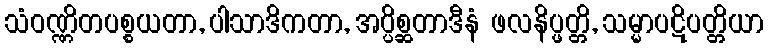
သံဝဏ္ဏိတပစ္စယတာ, ပါသာဒိကတာ, အပ္ပိစ္ဆတာဒီနံ ဖလနိပ္ဖတ္တိ, သမ္မာပဋိပတ္တိယာ